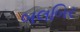
બલબિર